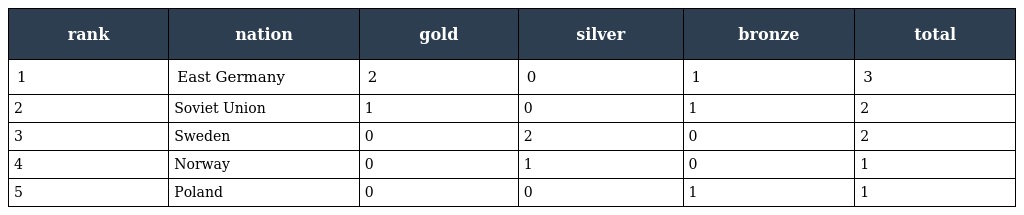
| rank | nation | gold | silver | bronze | total |
 | --- | --- | --- | --- | --- | --- |
 | 1 | East Germany | 2 | 0 | 1 | 3 |
 | 2 | Soviet Union | 1 | 0 | 1 | 2 |
 | 3 | Sweden | 0 | 2 | 0 | 2 |
 | 4 | Norway | 0 | 1 | 0 | 1 |
 | 5 | Poland | 0 | 0 | 1 | 1 |